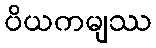
ပိယကမျဿ